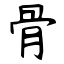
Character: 骨